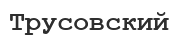
Трусовский